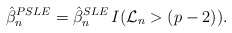
\begin{align*}\hat{\beta}_n^{PSLE} = \hat{\beta}_n^{SLE} \, I(\mathcal{L}_n > (p-2)).\end{align*}